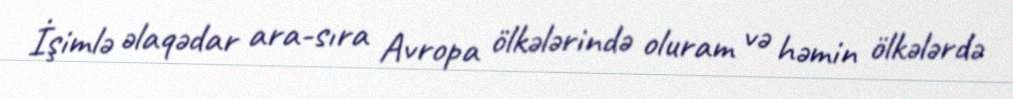
İşimlə əlaqədar ara-sıra Avropa ölkələrində oluram və həmin ölkələrdə